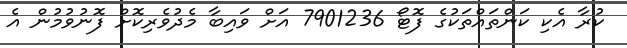
ކުރާ އެކި ކަންތައްތަކުގެ ފޮޓޯ 7901236 އަށް ވައިބާ މެދުވެރިކޮށް ފޮނުވުމުން އެ